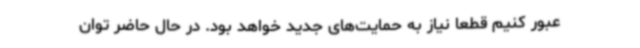
عبور کنیم قطعا نیاز به حمایت‌های جدید خواهد بود. در حال حاضر توان